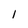
Character: 1